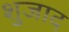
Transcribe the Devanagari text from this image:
शुजाद